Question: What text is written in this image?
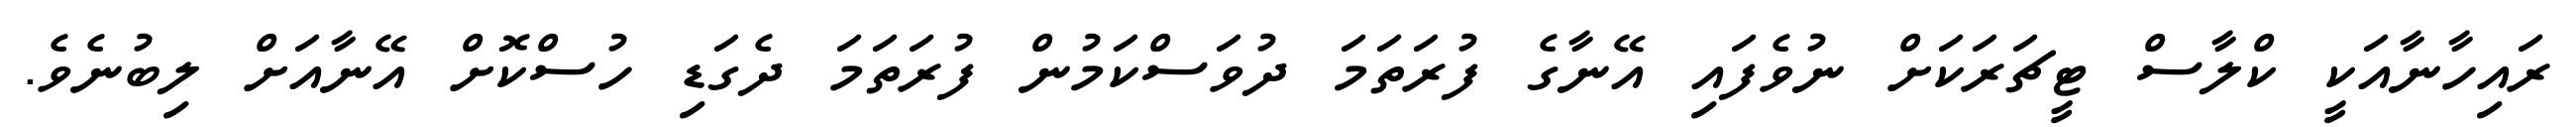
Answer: ރައިހާނާއަކީ ކްލާސް ޓީޗަރަކަށް ނުވެފައި އޭނާގެ ފުރަތަމަ ދުވަސްކަމުން ފުރަތަމަ ދެގަޑި ހުސްކޮށް އޭނާއަށް ލިބުނެވެ.